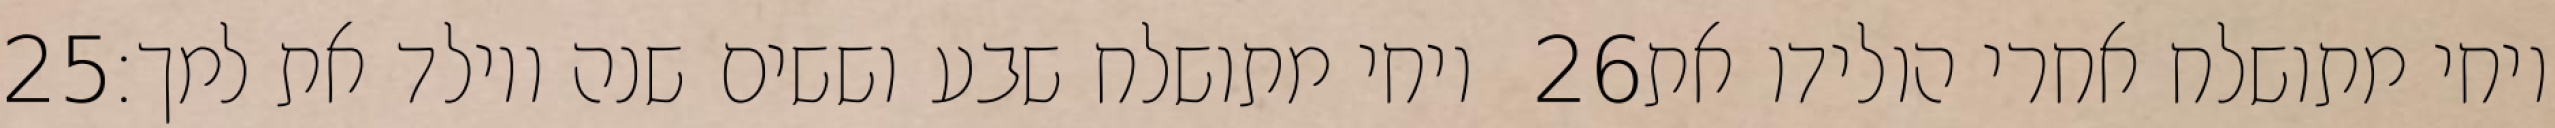
‎25‏ ויחי מתושלח שבע וששים שנה ויולד את למך׃ ‎26‏ ויחי מתושלח אחרי הולידו את